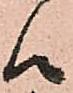
候